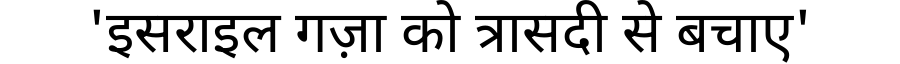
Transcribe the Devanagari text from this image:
'इसराइल गज़ा को त्रासदी से बचाए'